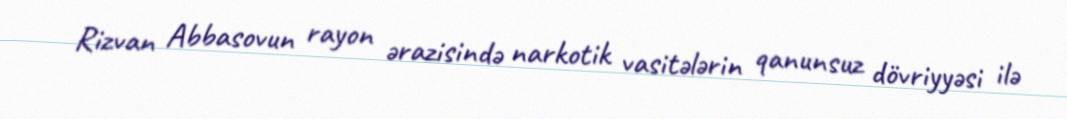
Rizvan Abbasovun rayon ərazisində narkotik vasitələrin qanunsuz dövriyyəsi ilə